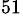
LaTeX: ^\mathrm{51}